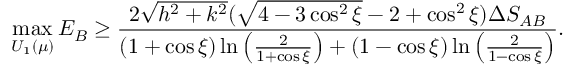
\operatorname* { m a x } _ { U _ { 1 } ( \mu ) } E _ { B } \ge \frac { 2 \sqrt { h ^ { 2 } + k ^ { 2 } } ( \sqrt { 4 - 3 \cos ^ { 2 } \xi } - 2 + \cos ^ { 2 } \xi ) \Delta S _ { A B } } { ( 1 + \cos \xi ) \ln \left( \frac { 2 } { 1 + \cos \xi } \right) + ( 1 - \cos \xi ) \ln \left( \frac { 2 } { 1 - \cos \xi } \right) } .